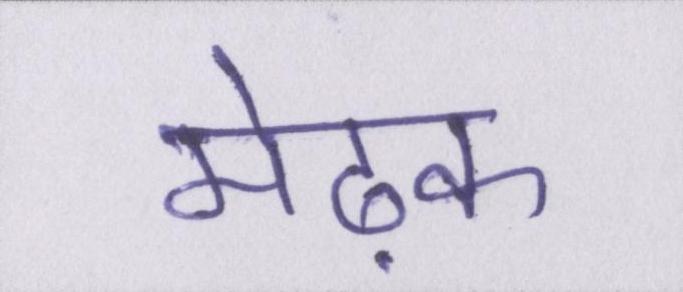
मेढ़क